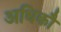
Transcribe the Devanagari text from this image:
अधिकौ